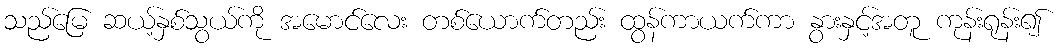
သည်မြေ ဆယ့်နှစ်သွယ်ကို အမောင်လေး တစ်ယောက်တည်း ထွန်ကာယက်ကာ နွားနှင့်အတူ ကုန်းရုန်း၍